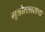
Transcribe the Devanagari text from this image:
मूत्रोत्साराचा